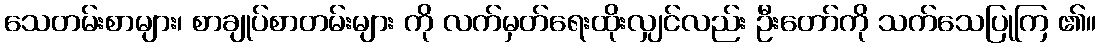
သေတမ်းစာများ၊ စာချုပ်စာတမ်းများ ကို လက်မှတ်ရေးထိုးလျှင်လည်း ဦးတော်ကို သက်သေပြုကြ ၏။